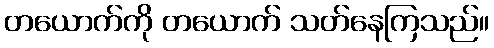
တယောက်ကို တယောက် သတ်နေကြသည်။